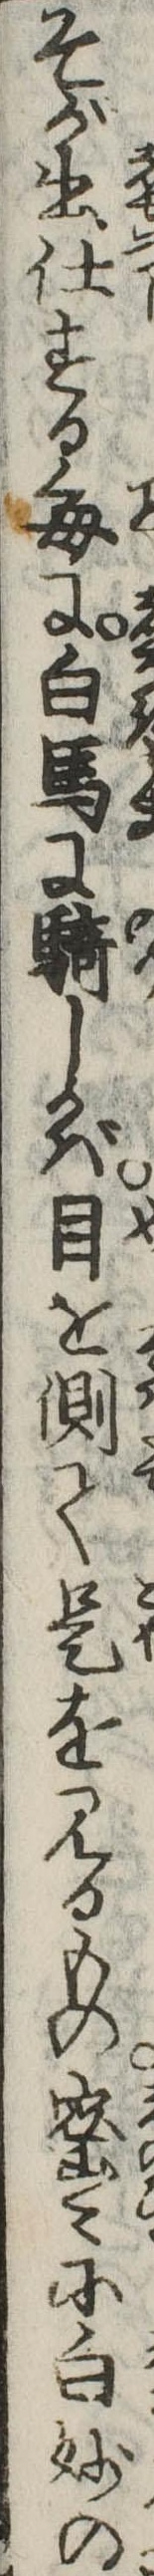
そが出仕する毎に白馬に騎しかば目を側て是を見るもの密々に白妙の